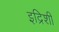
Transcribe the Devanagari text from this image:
इद्रिशी